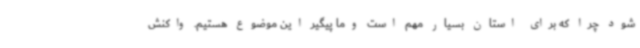
شود چرا که برای استان بسیار مهم است وما پیگیر این موضوع هستیم. واکنش